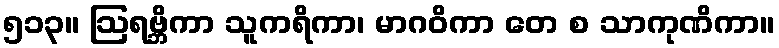
၅၁၃။ ဩရဗ္ဘိကာ သူကရိကာ၊ မာဂဝိကာ တေ စ သာကုဏိကာ။